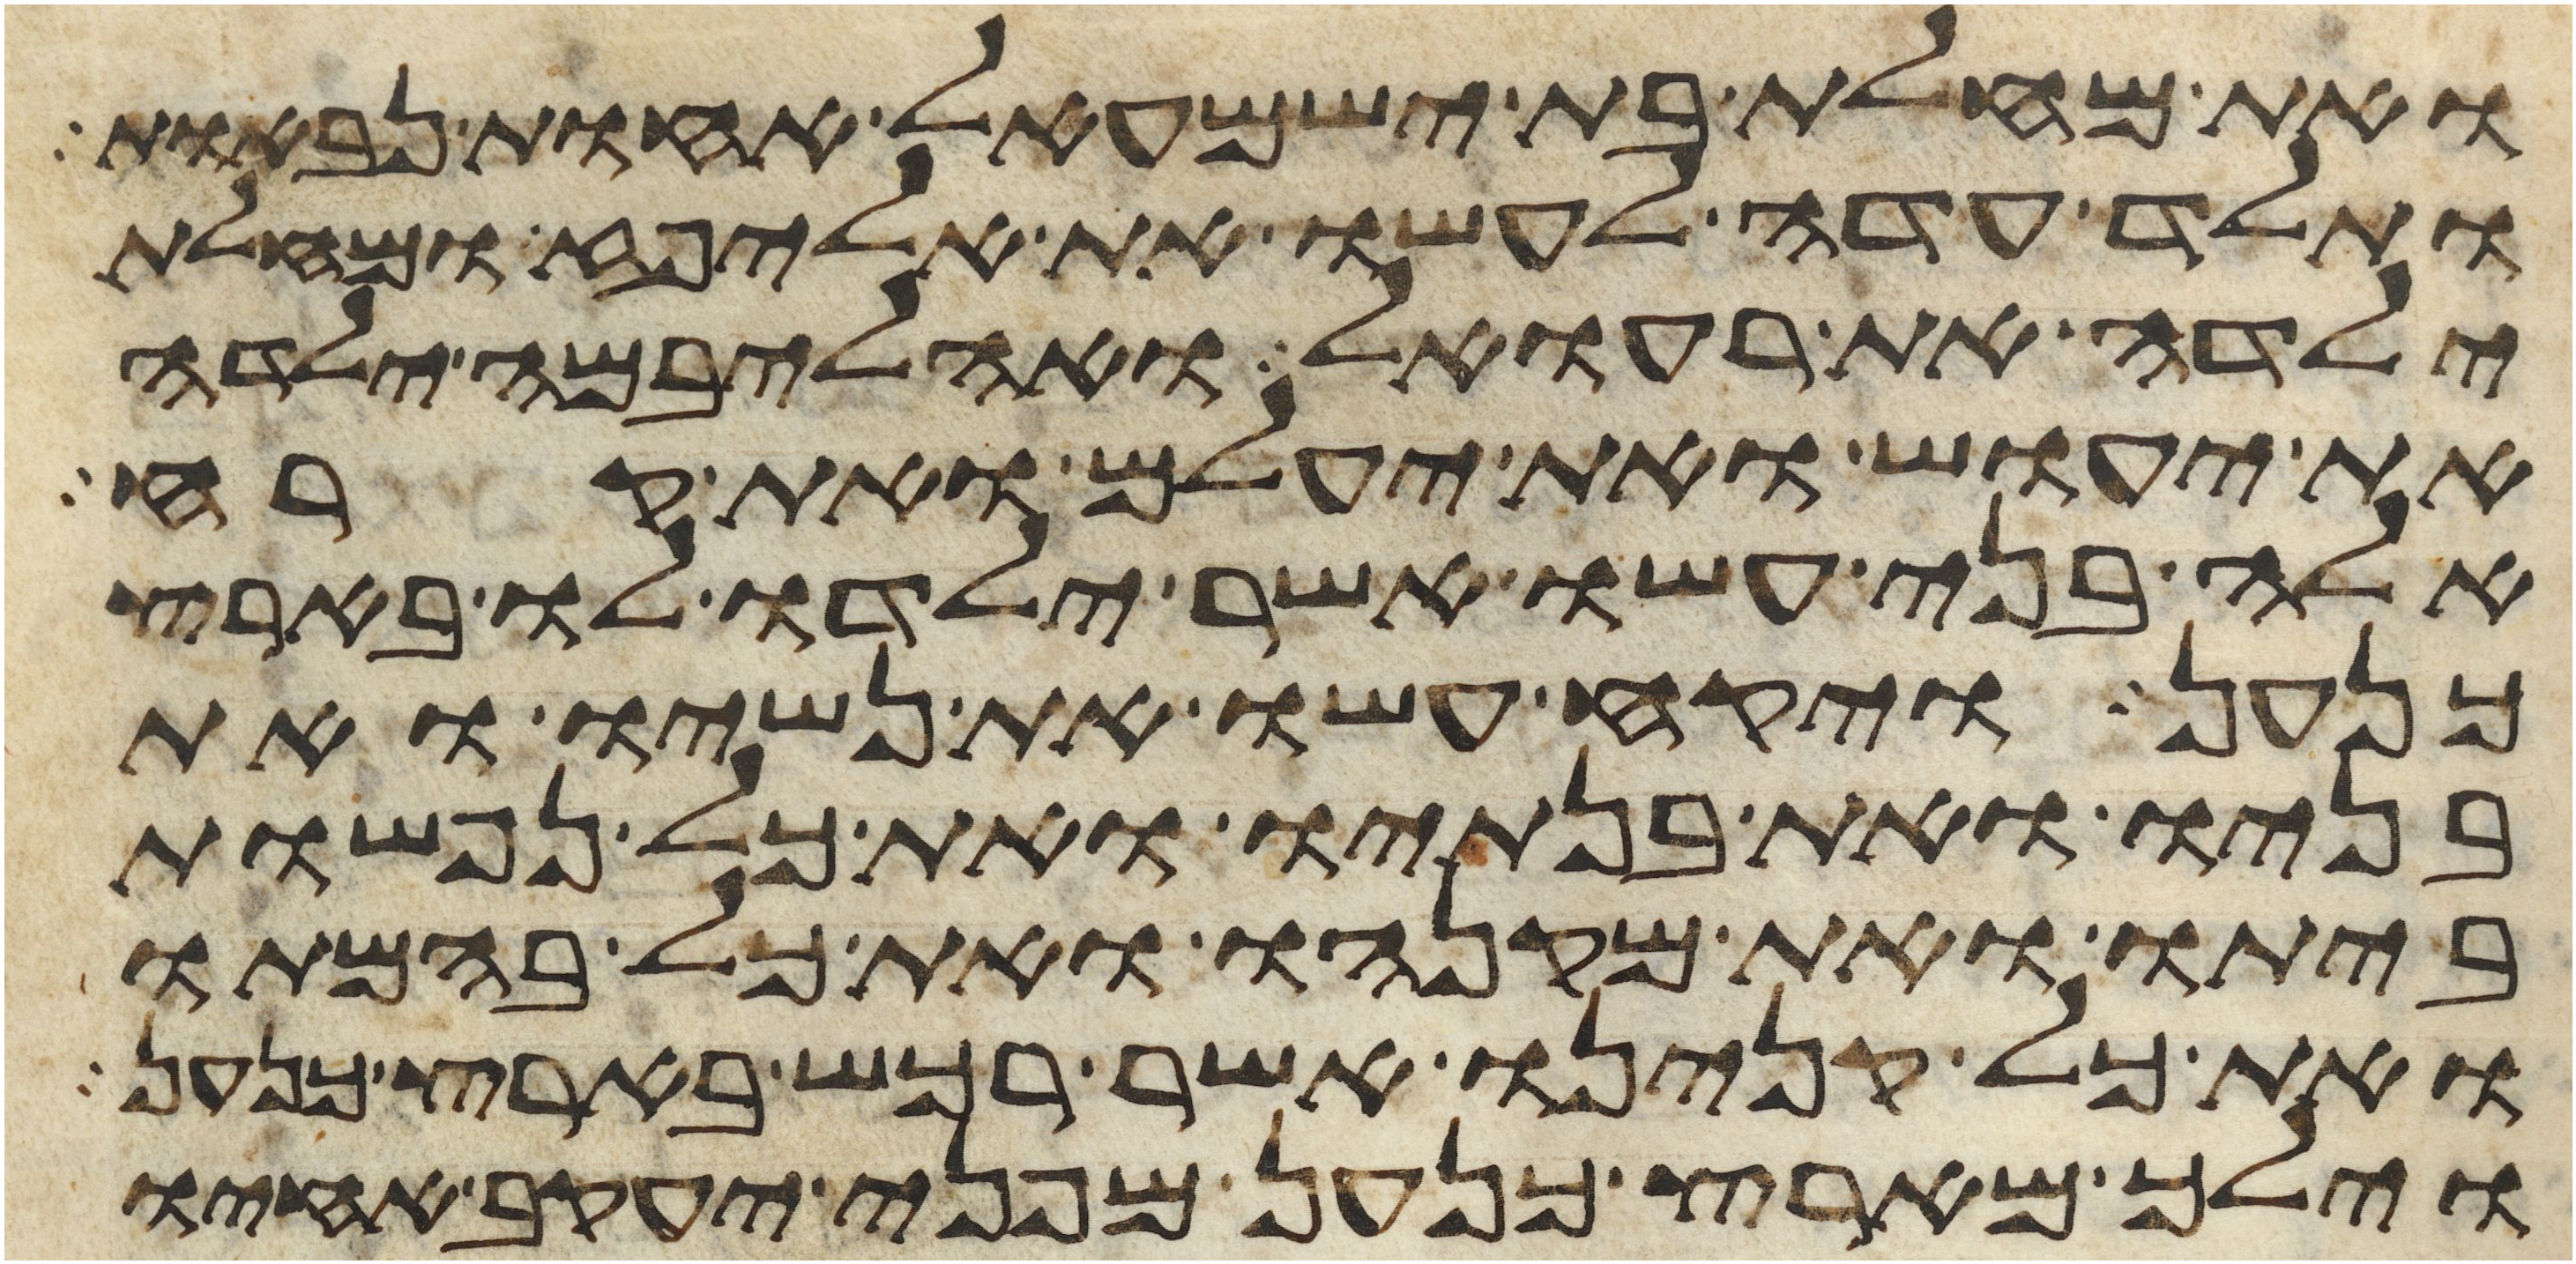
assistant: ואת מחלת בת ישמעאל אחות נבאות
ותלד עדה לעשו את אליפז ומחלת
ילדה את רעואל ואהליבמה ילדה
את יעוש ואת יעלם ואת קרח
אלה בני עשו אשר ילדו לו בארץ
כנען ויקח עשו את נשיו ואת
בניו ואת בנתיו ואת כל נפשות
ביתו ואת מקנהו ואת כל בהמתו
ואת כל קנינו אשר רכש בארץ כנען
וילך מארץ כנען מפני יעקב אחיו